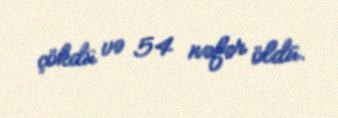
çökdü və 54 nəfər öldü.